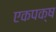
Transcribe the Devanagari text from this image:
एकपक्ष